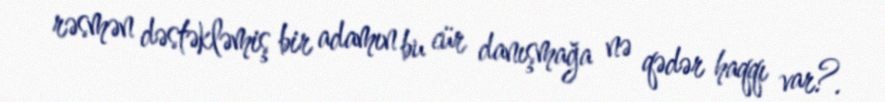
rəsmən dəstəkləmiş bir adamın bu cür danışmağa nə qədər haqqı var?.